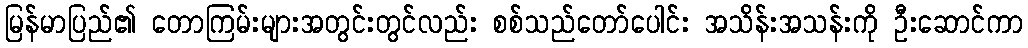
မြန်မာပြည်၏ တောကြမ်းများအတွင်းတွင်လည်း စစ်သည်တော်ပေါင်း အသိန်းအသန်းကို ဦးဆောင်ကာ